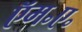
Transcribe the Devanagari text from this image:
ऍम॰ए॰